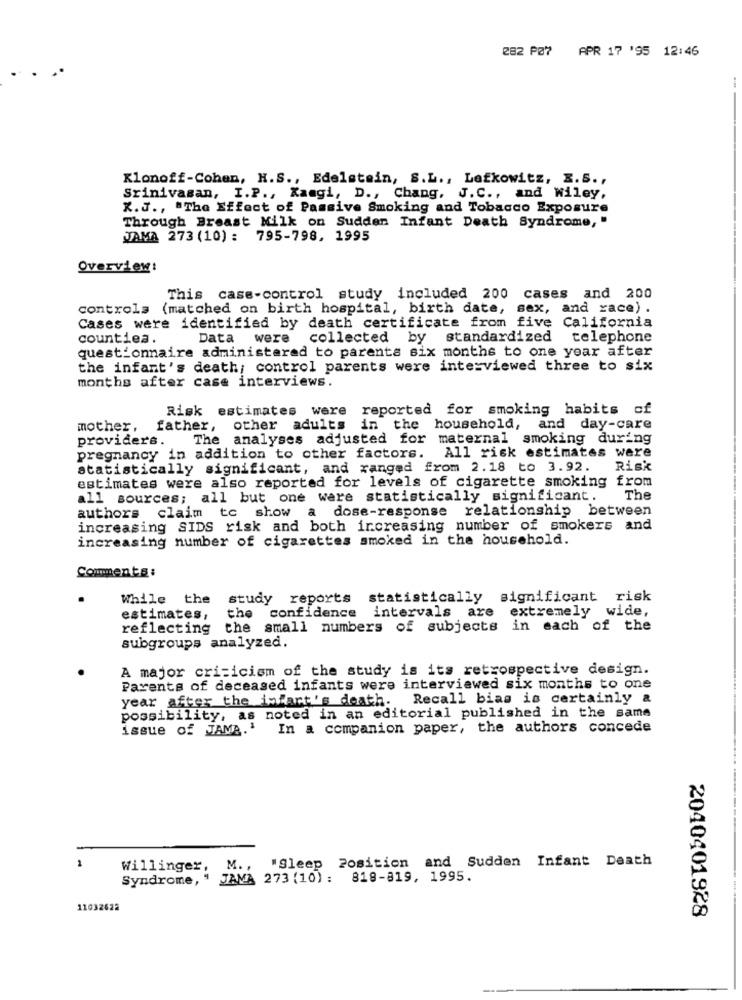
282 PØ7 APR 17 '95 12:46
Klonoff-Cohen, H.S ., Edelstein, S.L ., Lefkowitz, E.S .,
Srinivasan, I.P ., Kangi, D ., Chang, J.C ., and Wiley,
X.J ., "The Effect of Passive Smoking and Tobacco Exposure
Through Breast Milk on Sudden Infant Death Syndrome, "
JAMA 273 (10) : 795-798, 1995
Overview:
This case-control study included 200 cases and 200
controls (matched on birth hospital, birth date, sex, and race) .
Cases were identified by death certificate from five California
counties.
Data were
collected by standardized telephone
questionnaire administered to parents six months to one year after
the infant's death; control parents were interviewed three to six
months after case interviews.
Risk estimates were
reported for smoking habits of
mother, father, other adults
in the household, and day-care
providers.
The analyses adjusted for
maternal smoking during
pregnancy in addition to other factors.
All risk estimates were
statistically significant, and ranged from 2.18 to 3.92.
Risk
estimates were also reported for levels of cigarette smoking from
all sources; all but one were statistically significant.
The
authors claim to show a dose-response relationship between
increasing SIDS risk and both increasing number of smokers and
increasing number of cigarettes smoked in the household.
Comments:
While the
study reports statistically significant risk
the confidence intervals are
extremely wide,
estimates,
reflecting the small numbers of subjects in each of the
subgroups analyzed.
A major criticism of the study is its retrospective design.
Parents of deceased infants were interviewed six months to one
year after the infart's death. Recall bias is certainly &
possibility, as noted in an editorial published in the same
issue of JAMB.1
In a companion paper, the authors concede
2
"Sleep Position and Sudden Infant Death
Willinger,
M. .
Syndrome, " JAMA 273 (10) : 819-819, 1995.
11032622
2040401928